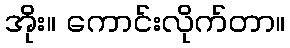
အိုး။ ကောင်းလိုက်တာ။